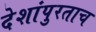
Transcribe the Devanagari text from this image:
देशांपुरताच